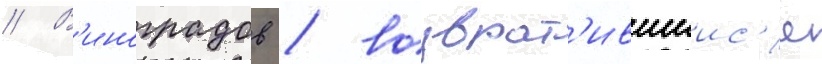
// В'иноградов / возврат'ившиис'я